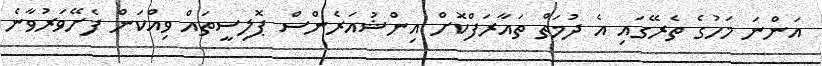
އަންނަ މަހުގެ ތެރޭގައި އެ ދުމަތް ތައާރަފްކޮށް އިންޝުއަރެންސް ޕޮލިސީތައް ވިއްކަން ފެށޭވަރުވާނެ